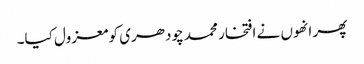
پھر انھوں نے افتخار محمد چودھری کو معزول کیا۔